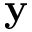
\mathbf { y }